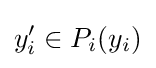
y'_{i}\in P_{i}(y_{i})